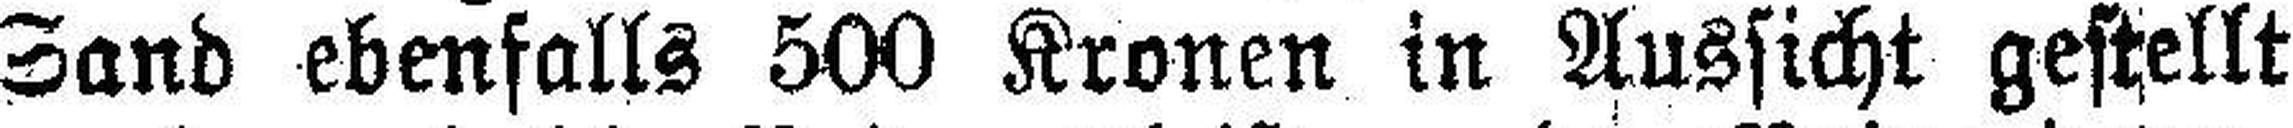
Sand ebenfalls 500 Kronen in Aussicht gestellt